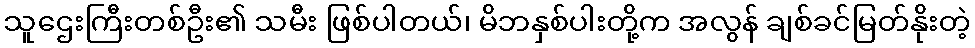
သူဌေးကြီးတစ်ဦး၏ သမီး ဖြစ်ပါတယ်၊ မိဘနှစ်ပါးတို့က အလွန် ချစ်ခင်မြတ်နိုးတဲ့